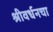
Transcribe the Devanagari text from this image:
श्रीवर्धनचा